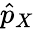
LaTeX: \hat{p}_{X}